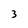
Character: 3